Rasina_vallavalitsus, lk 6
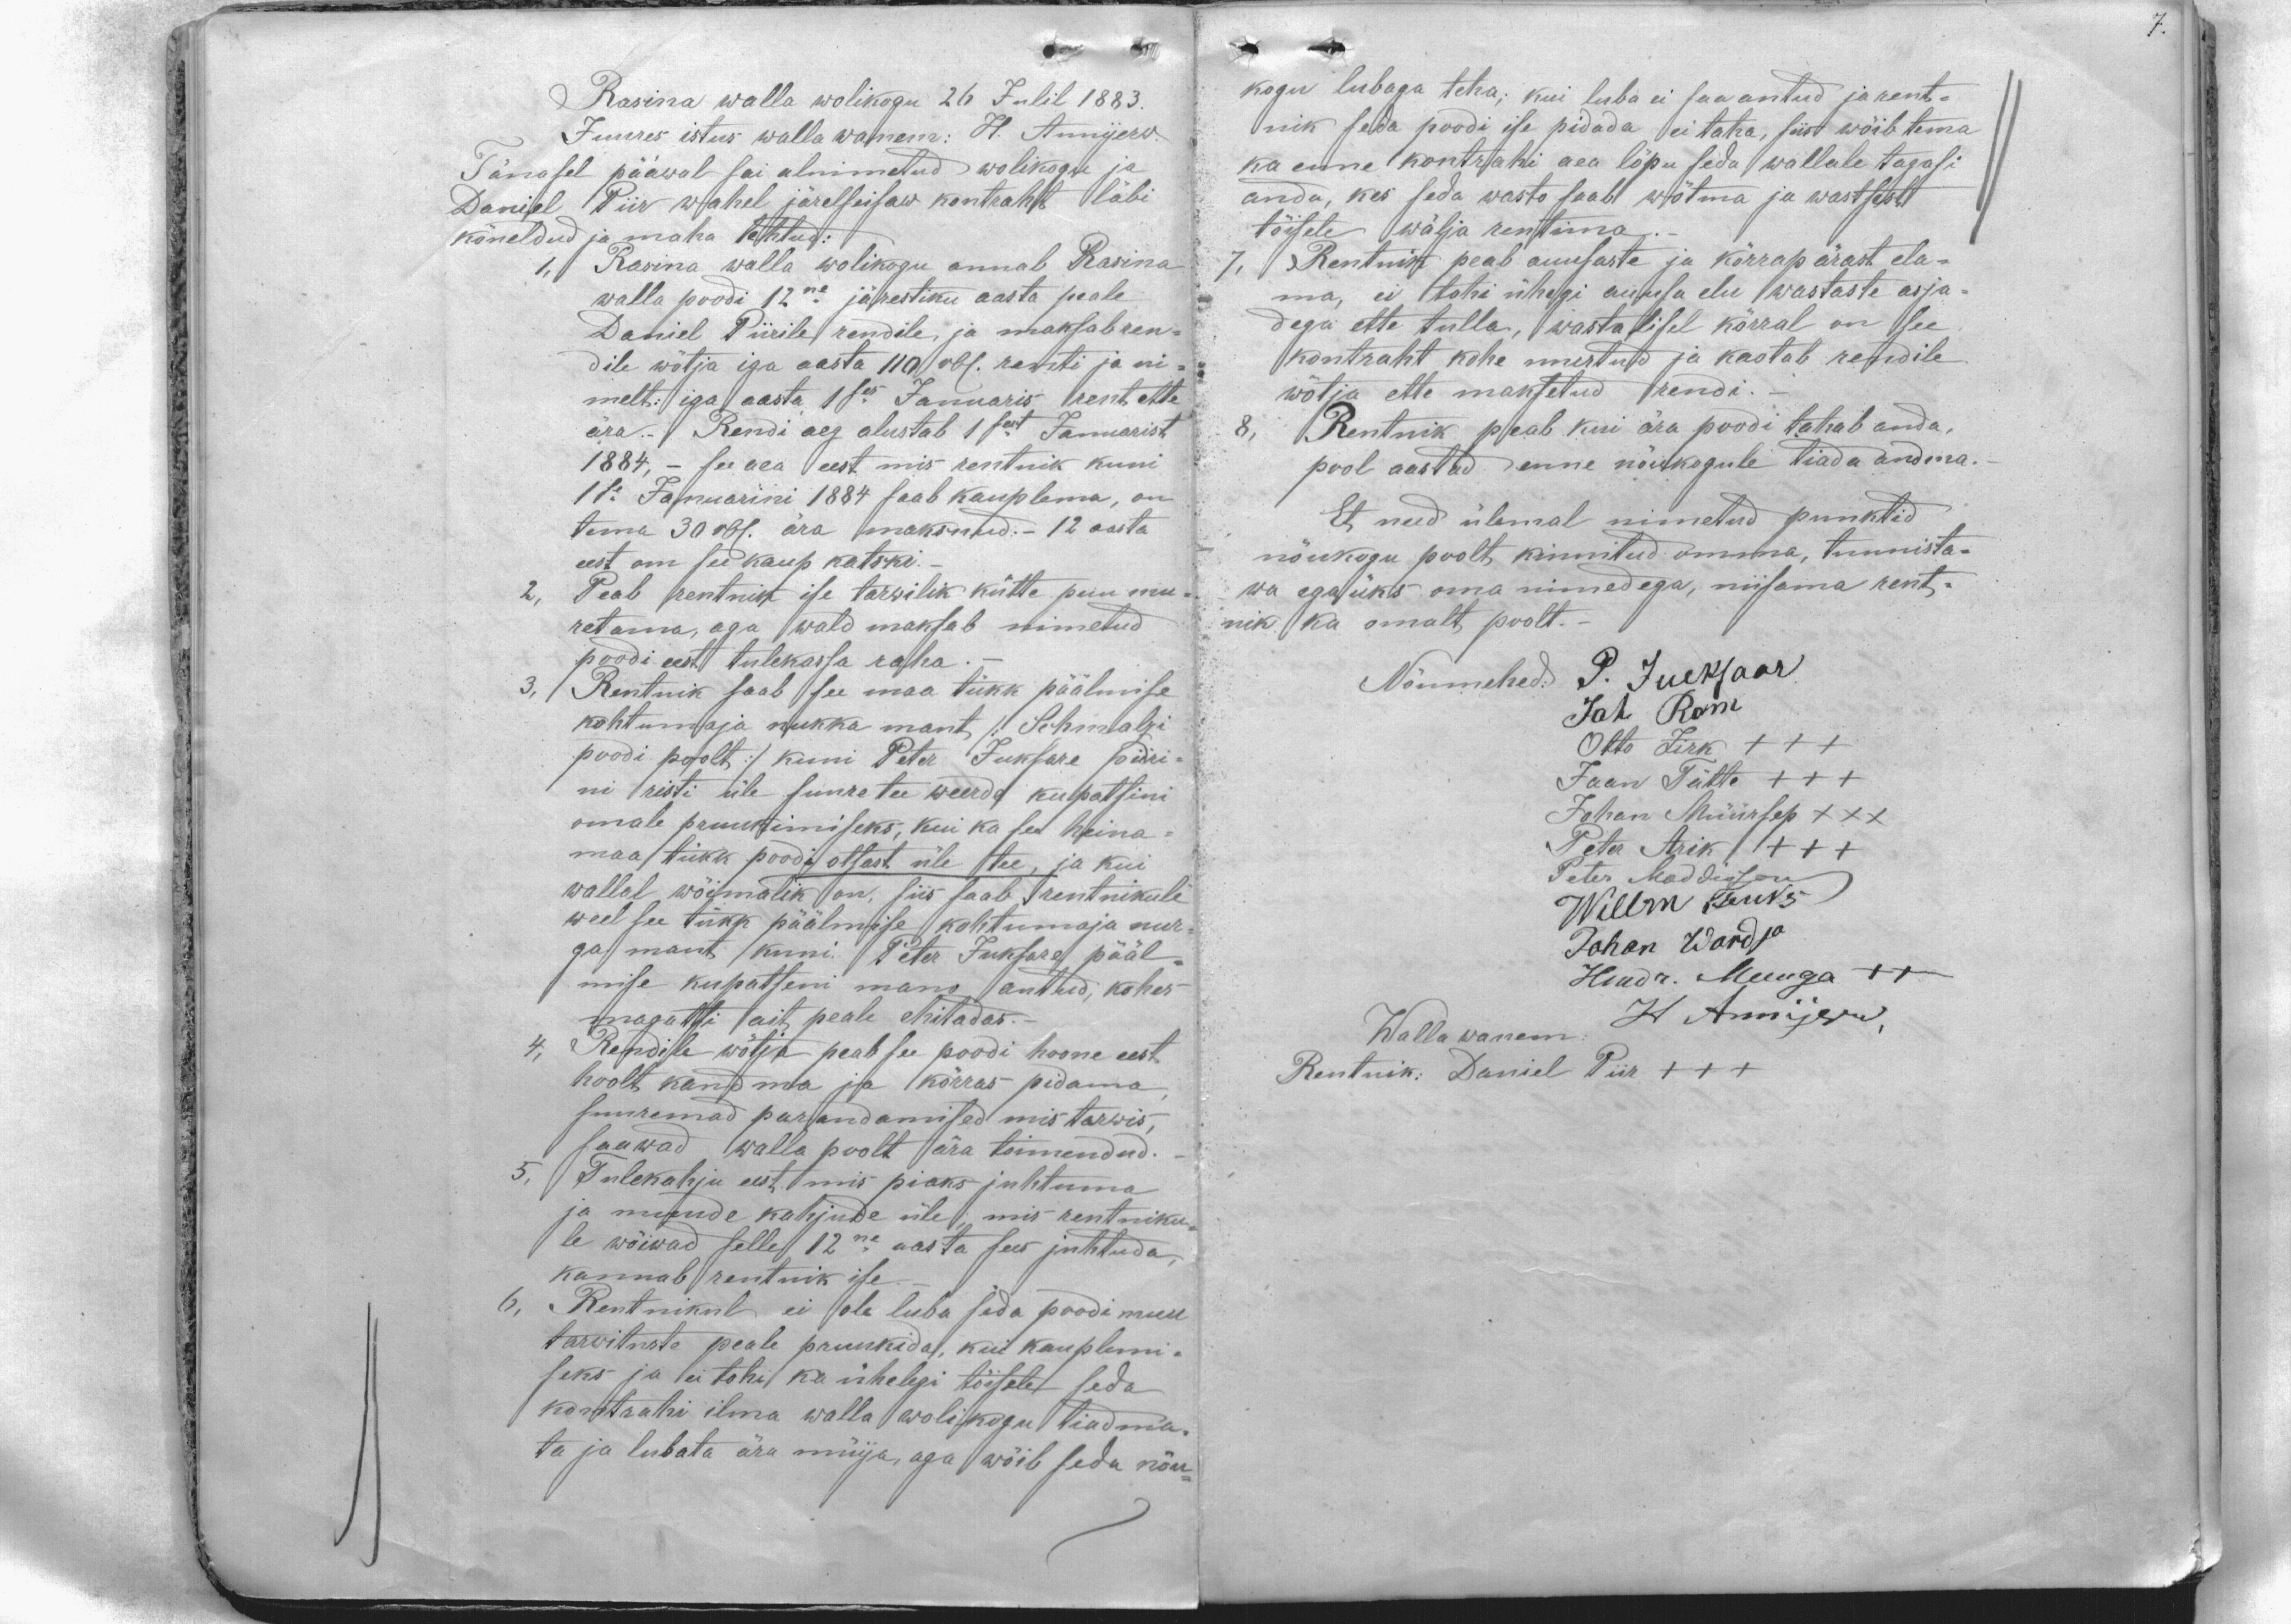
Rasina walla wolikogu 26 Julil 1883.
Juures istus walla wanem: H. Annijerw
Tänasel pääwal sai alnimetud wolikogu ja
Daniel Piir wahel järelseisaw kontraht läbi
kõneldud ja maha tehtud:
1, Rasina walla wolikogu annab Rasina
walla poodi 12ne järestiku aasta peale
Daniel Piirile rendile, ja maksab ren-
dile wõtja iga aasta 110 rbl. renti ja ni-
melt: iga aasta 1ses Januaris rent ette
ära.- Rendi aeg alustab 1sest Januarist
1884, - see aea eest mis rentnik kuni
11e Januarini 1884 saab kauplema, on
tema 30 rbl. ära maksnud.- 12 aasta
eest om see kaup katski.-
2, Peab rentnik ise tarwilik kütte puu mu-
retama, aga wald maksab nimetud
poodi eest tulekassa raha.
3. Rentnik saab see maa tükk päälmise
kohtumaja nukka mant /: Schmalzi
poodi poolt :/ kuni Peter Juksare piiri-
ni risti üle suure tee weerde kupatsini
omale pruukimiseks, kui ka see heina-
maa tükk poodi otsast üle tee, ja kui
wallal wõimalik on, siis saab rentnikule
weel see tükk päälmise kohtumaja nur
ga mant kuni Peter Juksare pääl-
mise kupatseni mano antud, kohes
magatsi ait peale ehitadas.
4, Rendile wõtja peab see poodi hoone eest
hoolt kandma ja korras pidama
suuremad parandamised mis tarwis,
saawad walla poolt sära toimendud.
5, Tulekahju eest mis piaks juhtuma
ja muude kahjude üle, mis rentniku
le wõiwad selle 12ne aasta sees juhtuda,
kannab rentnik ise
6, Rentnikul ei ole luba seda poodi muu
tarwituste peale pruukida, kui kauplemi-
seks ja ei tohi ka ühelegi tõisele seda
kontrahi ilma walla wolikogu tiadma-
ta ja lubata ära müija, aga wõib seda nõu-

kogu lubaga teha; kui luba ei saa antud ja rent-
nik seda poodi ise pidada ei taha, siist wõib tema
ka enne kontrahi aea lõpu seda wallale tagasi
anda, kes seda wasto saab wõtma ja wastsest
tõisele wälja rentima
7, Rentnik peab auusaste ja korrapärast ela-
ma, ei tohi ühegi auusa elu wastaste asja
dega ette tulla, wastalisel kõrral on see
kontraht kohe murtud ja kaotab rendile
wõtja ette maksetud rendi.-
8, Rentnik peab kui ära poodi tahab anda,
pool aastad enne nõukogule tiada andma.
Et need ülemal nimetud punktid
nõukogu poolt kinnitud omma, tunnista-
wa egaüks oma nimedega, niisama rent-
nik ka omalt poolt.
Nõumehed. P. Jueksaar
Joh Ram
Otto Zirk +++
Jaan Tätte +++
Johan Müürsep XXX
Peter Arik +++
Peter Maddisson
Willm Fucks
Johan Wardja
Hendr. Muuga ++
Wallawanem: H Annijerw,
Rentnik: Daniel Piir +++